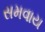
સમવાય